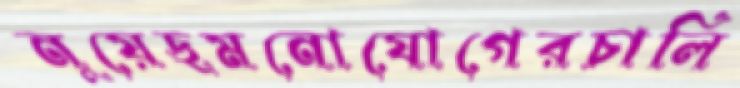
নুয়েছমনোযোগেরচালি